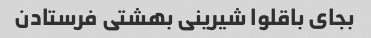
بجای باقلوا شیرینی بهشتی فرستادن